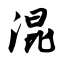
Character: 混